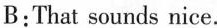
B:That sounds nice.